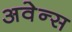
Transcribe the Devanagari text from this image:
अवेन्स